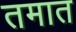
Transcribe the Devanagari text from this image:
तमात